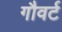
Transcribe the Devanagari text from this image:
गौवर्ट